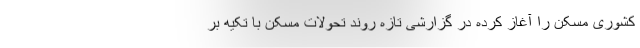
کشوری مسکن را آغاز کرده در گزارشی تازه روند تحولات مسکن با تکیه بر